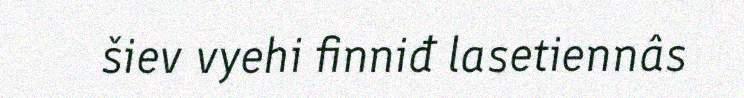
šiev vyehi finniđ lasetiennâs